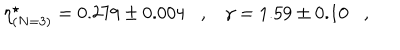
LaTeX: \eta _ { ( N = 3 ) } ^ { \star } = 0 . 2 7 9 \pm 0 . 0 0 4 \, \, \, \, \, , \, \, \, \, \, \gamma = 1 . 5 9 \pm 0 . 1 0 \, \, \, \, \, , \, \, \, \, \,